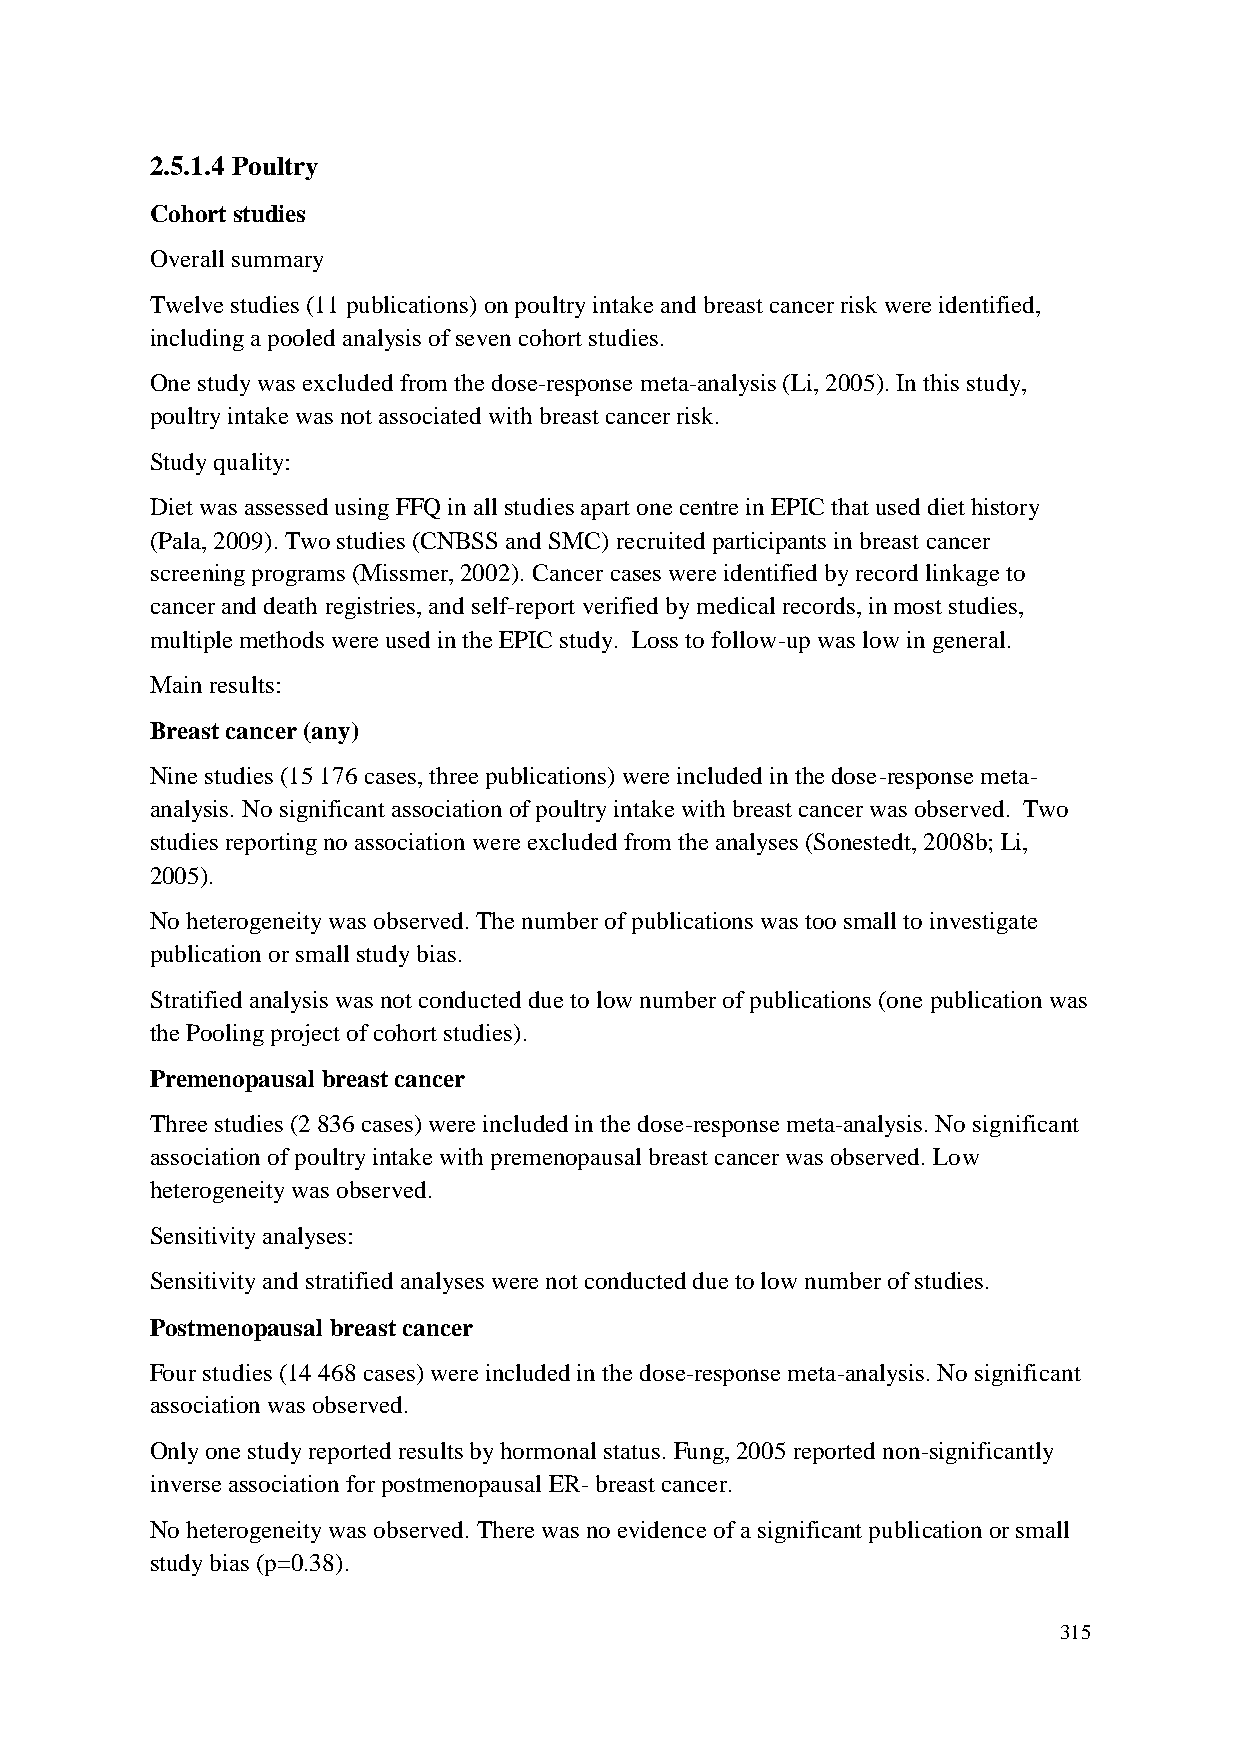
2.5.1.4 Poultry
 Cohort studies
 Overall summary
 Twelve studies (11 publications) on poultry intake and breast cancer risk were identified,
 including a pooled analysis of seven cohort studies.
 One study was excluded from the dose-response meta-analysis (Li, 2005). In this study,
 poultry intake was not associated with breast cancer risk.
 Study quality:
 Diet was assessed using FFQ in all studies apart one centre in EPIC that used diet history
 (Pala, 2009). Two studies (CNBSS and SMC) recruited participants in breast cancer
 screening programs (Missmer, 2002). Cancer cases were identified by record linkage to
 cancer and death registries, and self-report verified by medical records, in most studies,
 multiple methods were used in the EPIC study. Loss to follow-up was low in general.
 Main results:
 Breast cancer (any)
 Nine studies (15 176 cases, three publications) were included in the dose-response meta-
 analysis. No significant association of poultry intake with breast cancer was observed. Two
 studies reporting no association were excluded from the analyses (Sonestedt, 2008b; Li,
 2005).
 No heterogeneity was observed. The number of publications was too small to investigate
 publication or small study bias.
 Stratified analysis was not conducted due to low number of publications (one publication was
 the Pooling project of cohort studies).
 Premenopausal breast cancer
 Three studies (2 836 cases) were included in the dose-response meta-analysis. No significant
 association of poultry intake with premenopausal breast cancer was observed. Low
 heterogeneity was observed.
 Sensitivity analyses:
 Sensitivity and stratified analyses were not conducted due to low number of studies.
 Postmenopausal breast cancer
 Four studies (14 468 cases) were included in the dose-response meta-analysis. No significant
 association was observed.
 Only one study reported results by hormonal status. Fung, 2005 reported non-significantly
 inverse association for postmenopausal ER- breast cancer.
 No heterogeneity was observed. There was no evidence of a significant publication or small
 study bias (p=0.38).
 315